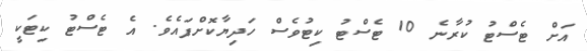
އަށް ޓެސްޓު ކުރާނެ 10 ޓެސްޓު ކިޓުވެސް ހަދިޔާކޮށްފައެވެ. އެ ޓެސްޓު ކިޓަކީ